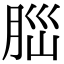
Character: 𦛁